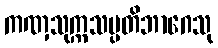
ကဏှသုက္ကသပ္ပတိဘာဂေသု